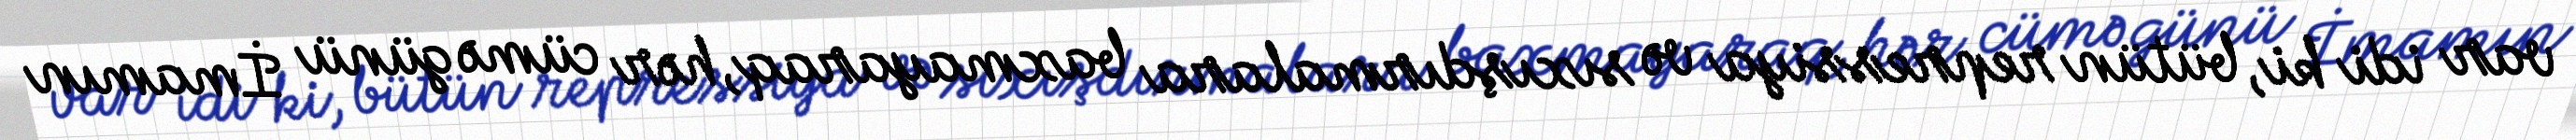
var idi ki, bütün repressiya və sıxışdırmalara baxmayaraq, hər cümə günü İmamın